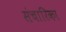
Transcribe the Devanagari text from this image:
संचारिका